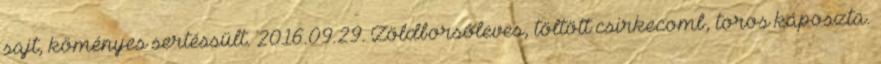
sajt, köményes sertéssült. 2016.09.29. Zöldborsóleves, töltött csirkecomb, toros káposzta.